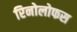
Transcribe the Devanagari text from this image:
रिनोलोफस